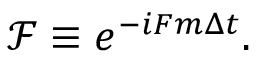
\mathcal { F } \equiv e ^ { - i F m \Delta t } .